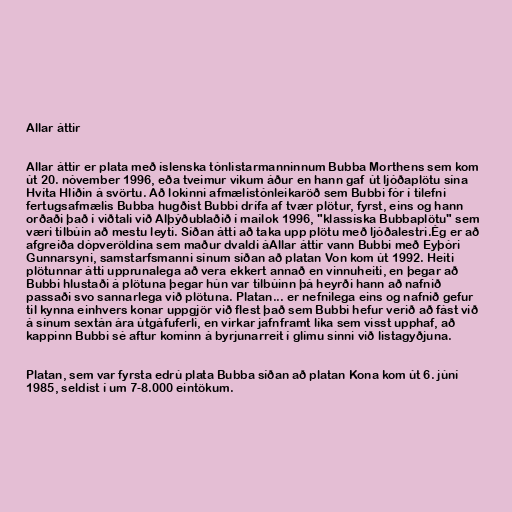
Allar áttir

Allar áttir er plata með íslenska tónlistarmanninnum Bubba Morthens sem kom
út 20. nóvember 1996, eða tveimur vikum áður en hann gaf út ljóðaplötu sína
Hvíta Hliðin á svörtu. Að lokinni afmælistónleikaröð sem Bubbi fór í tilefni
fertugsafmælis Bubba hugðist Bubbi drífa af tvær plötur, fyrst, eins og hann
orðaði það í viðtali við Alþýðublaðið í maílok 1996, "klassíska Bubbaplötu" sem
væri tilbúin að mestu leyti. Síðan átti að taka upp plötu með ljóðalestri.Ég er að
afgreiða dópveröldina sem maður dvaldi áAllar áttir vann Bubbi með Eyþóri
Gunnarsyni, samstarfsmanni sínum síðan að platan Von kom út 1992. Heiti
plötunnar átti upprunalega að vera ekkert annað en vinnuheiti, en þegar að
Bubbi hlustaði á plötuna þegar hún var tilbúinn þá heyrði hann að nafnið
passaði svo sannarlega við plötuna. Platan... er nefnilega eins og nafnið gefur
til kynna einhvers konar uppgjör við flest það sem Bubbi hefur verið að fást við
á sínum sextán ára útgáfuferli, en virkar jafnframt líka sem visst upphaf, að
kappinn Bubbi sé aftur kominn á byrjunarreit í glímu sinni við listagyðjuna.

Platan, sem var fyrsta edrú plata Bubba síðan að platan Kona kom út 6. júní
1985, seldist í um 7-8.000 eintökum.